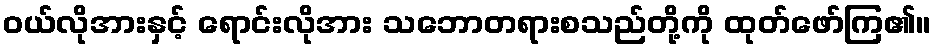
ဝယ်လိုအားနှင့် ရောင်းလိုအား သဘောတရားစသည်တို့ကို ထုတ်ဖော်ကြ၏။